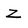
Character: Z